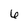
Character: 6